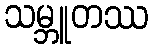
သမ္ဘူတဿ